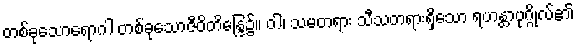
တစ်ခုသောရောဂါ တစ်ခုသောဇီဝိတိန္ဒြေ၌။ ဝါ၊ သမတရား သီသတရားရှိသော ရဟန္တာပုဂ္ဂိုလ်၏